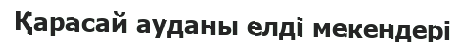
Қарасай ауданы елді мекендері